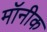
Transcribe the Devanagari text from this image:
मॉनीक